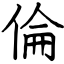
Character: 倫